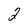
Character: 2